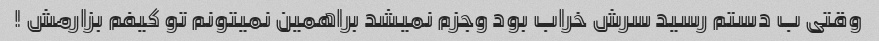
وقتی ب دستم رسید سرش خراب بود وجزم نمیشد براهمین نمیتونم تو کیفم بزارمش !